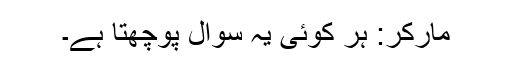
مارکر: ہر کوئی یہ سوال پوچھتا ہے۔